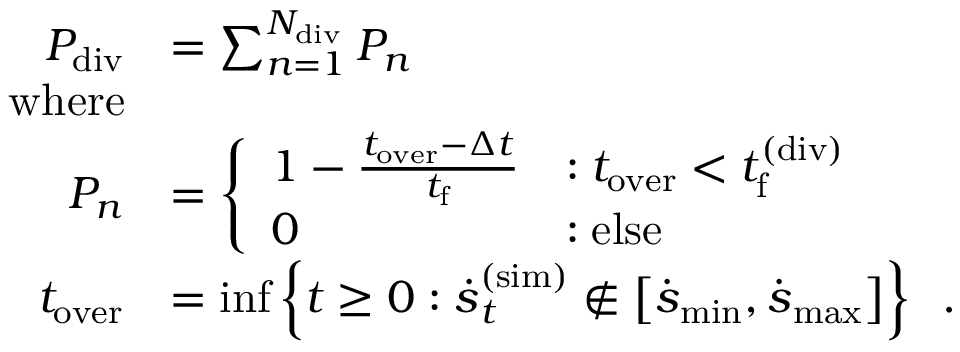
\begin{array} { r l } { P _ { \mathrm { d i v } } } & { = \sum _ { n = 1 } ^ { N _ { \mathrm { d i v } } } P _ { n } } \\ { \mathrm { w h e r e } } \\ { P _ { n } } & { = \left\{ \begin{array} { l l } { 1 - \frac { t _ { \mathrm { o v e r } } - \Delta t } { t _ { \mathrm { f } } } } & { : t _ { \mathrm { o v e r } } < t _ { \mathrm { f } } ^ { \mathrm { ( d i v ) } } } \\ { 0 } & { : \mathrm { e l s e } } \end{array} \right. } \\ { t _ { \mathrm { o v e r } } } & { = \operatorname* { i n f } \left\{ t \geq 0 : \boldsymbol { \dot { s } } _ { t } ^ { ( \mathrm { s i m } ) } \not \in \left[ \dot { \boldsymbol { s } } _ { \mathrm { m i n } } , \dot { \boldsymbol { s } } _ { \mathrm { m a x } } \right] \right\} \enspace . } \end{array}